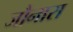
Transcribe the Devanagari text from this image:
जौनारा